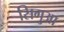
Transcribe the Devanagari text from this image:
सिगुआ